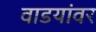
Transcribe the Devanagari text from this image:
वाडयांवर